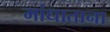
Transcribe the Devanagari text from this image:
मांधाताना